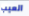
العيب